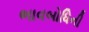
ભાવબોધિની